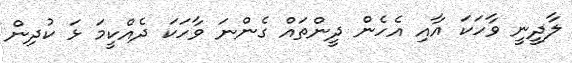
ލާދީނީ ވާހަކަ އާއި އެހެން ދީންތައް ގެންނަ ވާހަކަ ދެއްކީމަ ޅަ ކުދިން